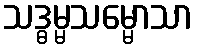
သဒ္ဓမ္မသမ္မောသာ